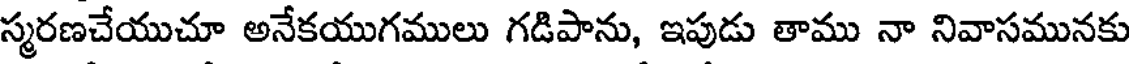
స్మరణచేయుచూ అనేకయుగములు గడిపాను, ఇపుడు తాము నా నివాసమునకు